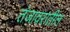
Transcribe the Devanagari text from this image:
तंजावरातील